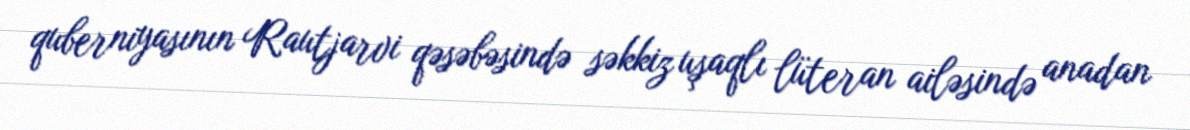
quberniyasının Rautjarvi qəsəbəsində səkkiz uşaqlı lüteran ailəsində anadan